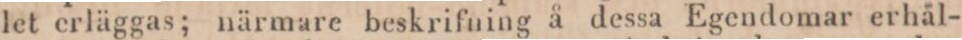
let erläggas; närmare beskrifning å dessa Egendomar erhål-